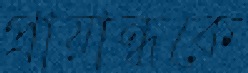
প্রায়ান্ধকে